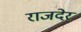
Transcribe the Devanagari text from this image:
राजदेर